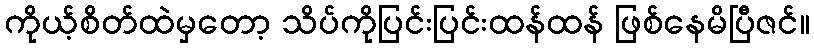
ကိုယ့်စိတ်ထဲမှတော့ သိပ်ကိုပြင်းပြင်းထန်ထန် ဖြစ်နေမိပြီဇင်။